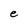
Character: e